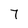
Character: 7